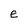
Character: E